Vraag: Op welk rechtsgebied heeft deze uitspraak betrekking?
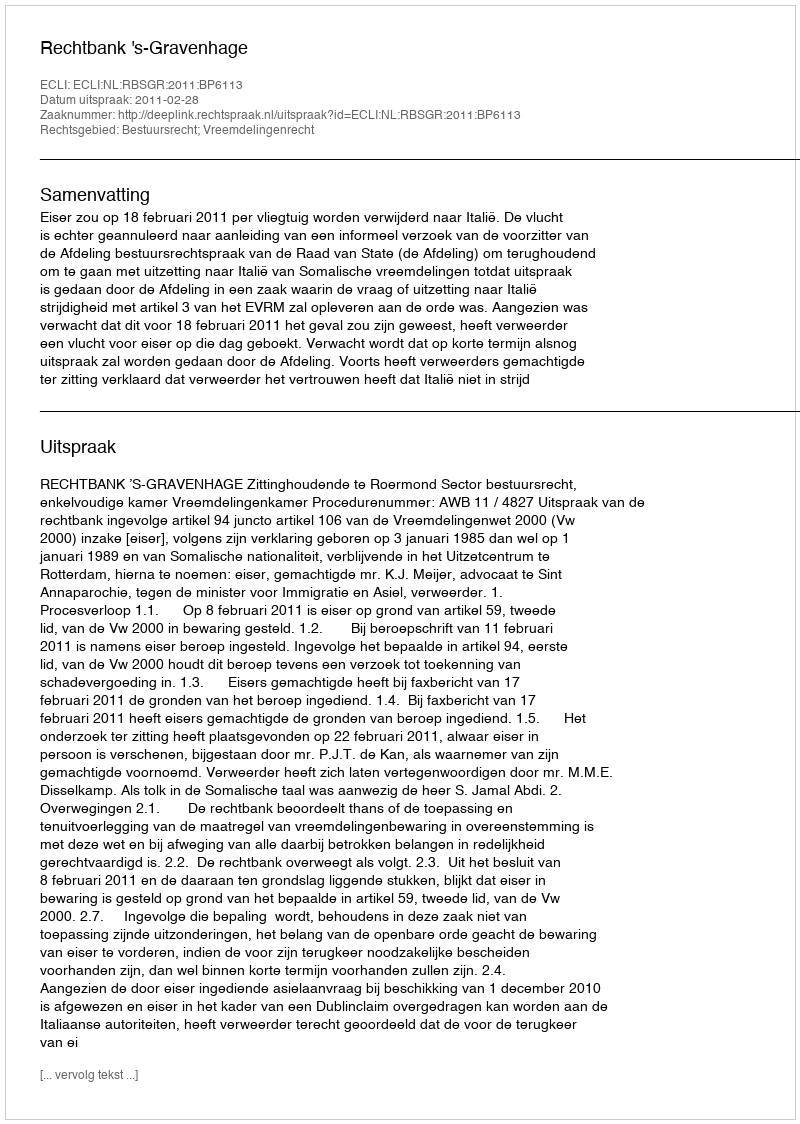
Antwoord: Bestuursrecht; Vreemdelingenrecht